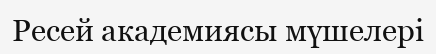
Ресей академиясы мүшелері